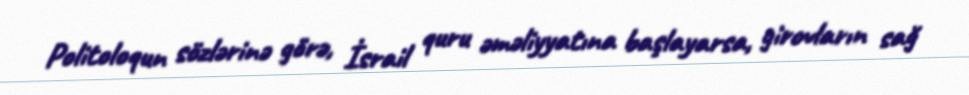
Politoloqun sözlərinə görə, İsrail quru əməliyyatına başlayarsa, girovların sağ